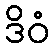
ဒိဝံ